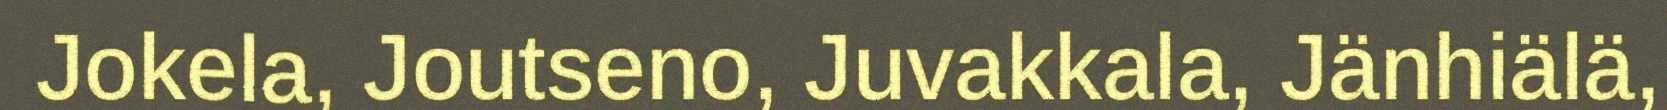
Jokela, Joutseno, Juvakkala, Jänhiälä,